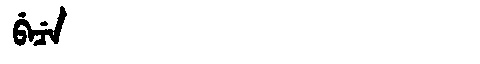
Manchu: ᠪᡝᠴᡝ
Romanization: BECE